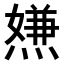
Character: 𤍻